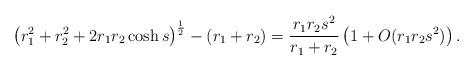
LaTeX: \begin{align*}\left( r_1^2+r_2^2 + 2r_1r_2\cosh s \right)^{\frac 12}-(r_1+r_2) = \frac{r_1r_2 s^2}{r_1+r_2}\left(1+ O(r_1r_2s^2)\right).\end{align*}